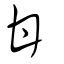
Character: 甘